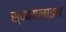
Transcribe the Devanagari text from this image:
स्कायलाइन